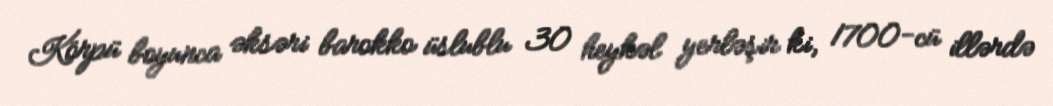
Körpü boyunca əksəri barokko üslublu 30 heykəl yerləşir ki, 1700-cü illərdə